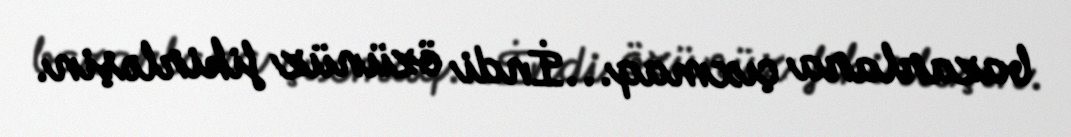
bazarlara çıxmaq...İndi özünüz fikirləşin.